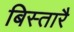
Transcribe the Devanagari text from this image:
बिस्तारै